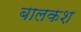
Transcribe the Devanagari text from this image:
बालकश